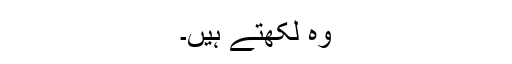
وہ لکھتے ہیں۔